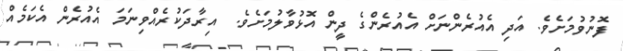
ފޮނުވުމަށެވެ. އަދި އެއުރެންނަށް އެއުރެންގެ ދީން އޮޅުވާލުމަށެވެ.  އިރާދަކުރެއްވިނަމަ އެއުރެން އެކަމެއް